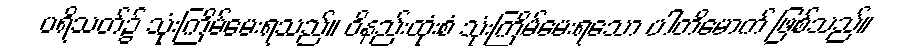
ပရိသတ်၌ သုံးကြိမ်မေးရသည်။ ဝိနည်းထုံးစံ သုံးကြိမ်မေးရသော ပါတိမောက် ဖြစ်သည်။